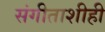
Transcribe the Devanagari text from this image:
संगीताशीही